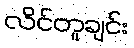
လိင်တူချင်း